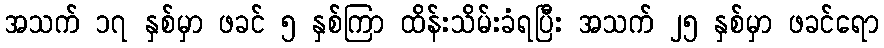
အသက် ၁၇ နှစ်မှာ ဖခင် ၅ နှစ်ကြာ ထိန်းသိမ်းခံရပြီး အသက် ၂၅ နှစ်မှာ ဖခင်ရော